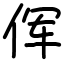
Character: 𫝈